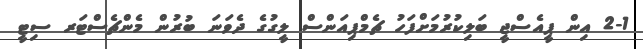
2-1 އިން ޕީއެސްޖީ ބަލިކުރުމަށްފަހު ޗެމްޕިއަންސް ލީގުގެ ދެވަނަ ބުރުން މެންޗެސްޓަރ ސިޓީ